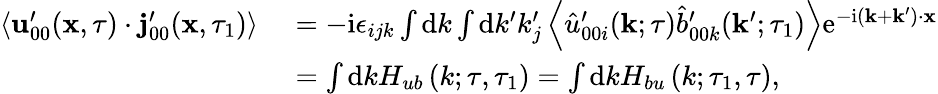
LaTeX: \begin{array}{rl}{\left\langle\mathbf{u}_{00}^{\prime}(\mathbf{x},\tau)\cdot\mathbf{j}_{00}^{\prime}(\mathbf{x},\tau_{1})\right\rangle}&{\, \, =-\mathrm{i}\epsilon_{ijk}\int\mathrm{d}k\int\mathrm{d}k^{\prime}k_{j}^{\prime}\left\langle\hat{u}_{00i}^{\prime}(\mathbf{k};\tau)\hat{b}_{00k}^{\prime}(\mathbf{k}^{\prime};\tau_{1})\right\rangle\mathrm{e}^{-\mathrm{i}(\mathbf{k}+\mathbf{k}^{\prime})\cdot\mathbf{x}}}\\ &{\, \, =\int\mathrm{d}kH_{ub}\left(k;\tau,\tau_{1}\right)=\int\mathrm{d}kH_{bu}\left(k;\tau_{1},\tau\right),}\end{array}